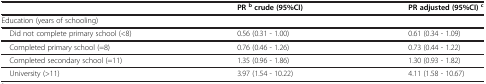
<table><thead><tr><td><b> </b></td><td><b>PR<sup>b</sup>crude (95%CI)</b></td><td><b>PR adjusted (95%CI)<sup>c</sup></b></td></tr></thead><tbody><tr><td>Education (years of schooling)</td><td> </td><td> </td></tr><tr><td> Did not complete primary school (&lt;8)</td><td>0.56 (0.31 - 1.00)</td><td>0.61 (0.34 - 1.09)</td></tr><tr><td> Completed primary school (=8)</td><td>0.76 (0.46 - 1.26)</td><td>0.73 (0.44 - 1.22)</td></tr><tr><td> Completed secondary school (=11)</td><td>1.35 (0.96 - 1.86)</td><td>1.30 (0.93 - 1.82)</td></tr><tr><td> University (&gt;11)</td><td>3.97 (1.54 - 10.22)</td><td>4.11 (1.58 - 10.67)</td></tr></tbody></table>